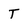
Character: T